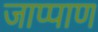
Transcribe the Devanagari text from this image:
जाप्पाण